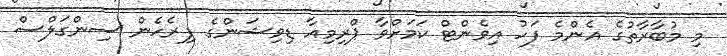
މި މުބާރާތުގެ އެންމެ ފަހު އިވެންޓް ކަމަށްވާ ޕްރިމިއާ ޑިވިޝަންގެ ފިރެހެން ސިންގަލްސް